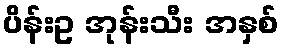
ပိန်းဥ အုန်းသီး အနှစ်